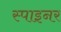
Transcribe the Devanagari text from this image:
स्पाइनर